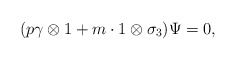
\begin{align*}(p\gamma\otimes 1+m\cdot 1\otimes\sigma_3)\Psi=0,\end{align*}